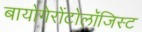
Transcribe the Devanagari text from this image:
बायोगेरोंटोलॉजिस्ट